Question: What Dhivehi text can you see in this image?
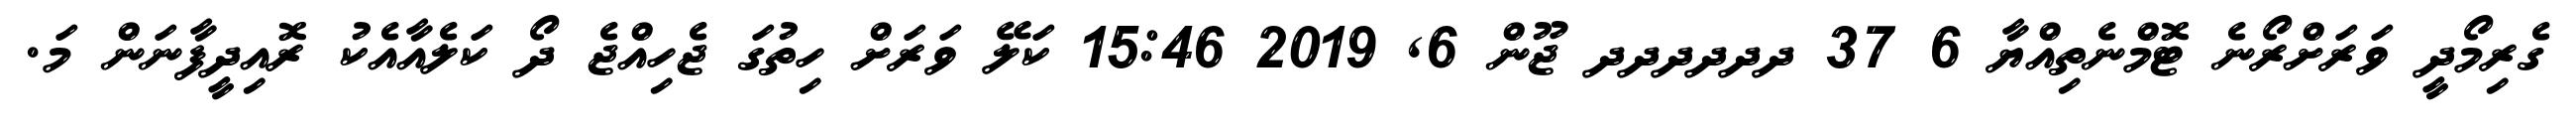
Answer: ގެރިމޯދީ ވަރަށްރޯނެ ޓޮމްނެތިއްޔާ 6 37 ދދދދދދ ޖޫން 6, 2019 15:46 ކަލޭ ވަރަށް ހިތުގަ ޖެހިއްޖެ ދޯ ކަލެއާއެކު ރޮއިދީފާނަން މަ.